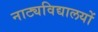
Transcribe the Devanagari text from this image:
नाट्यविद्यालयों